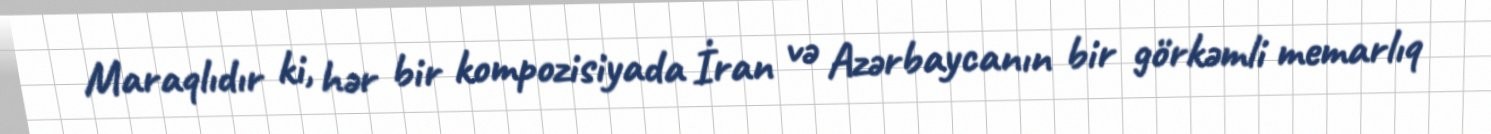
Maraqlıdır ki, hər bir kompozisiyada İran və Azərbaycanın bir görkəmli memarlıq